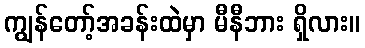
ကျွန်တော့်အခန်းထဲမှာ မီနီဘား ရှိလား။